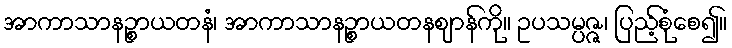
အာကာသာနဉ္စာယတနံ၊ အာကာသာနဉ္စာယတနဈာန်ကို။ ဥပသမ္ပဇ္ဇ၊ ပြည့်စုံစေ၍။